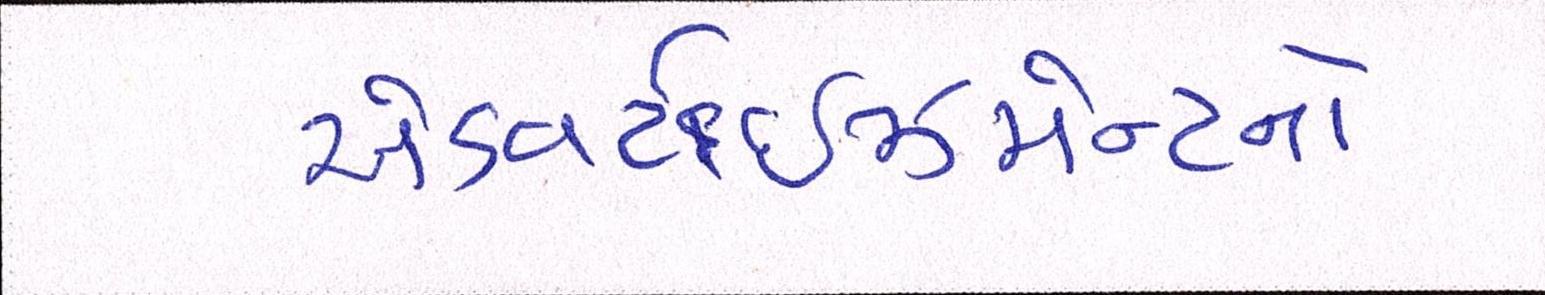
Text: એડ્વર્ટાઇઝમેન્ટનો